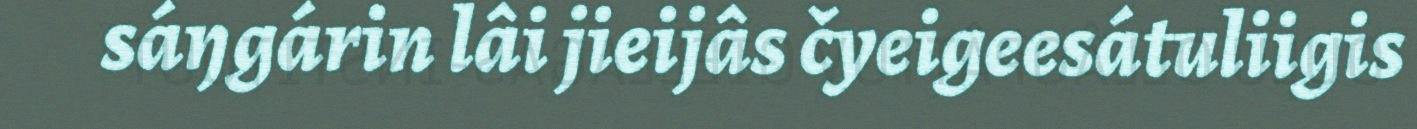
sáŋgárin lâi jieijâs čyeigeesátuliigis